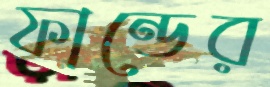
ফান্ডের